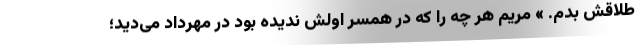
طلاقش بدم. » مریم هر چه را که در همسر اولش ندیده بود در مهرداد می‌دید؛